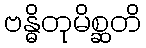
ဗန္ဓိတုမိစ္ဆတိ